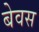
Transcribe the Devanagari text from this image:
बेवस